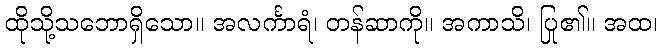
ထိုသို့သဘောရှိသော။ အလင်္ကာရံ၊ တန်ဆာကို။ အကာသိ၊ ပြု၏။ အထ၊